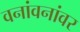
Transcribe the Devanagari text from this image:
वनांवनांवर